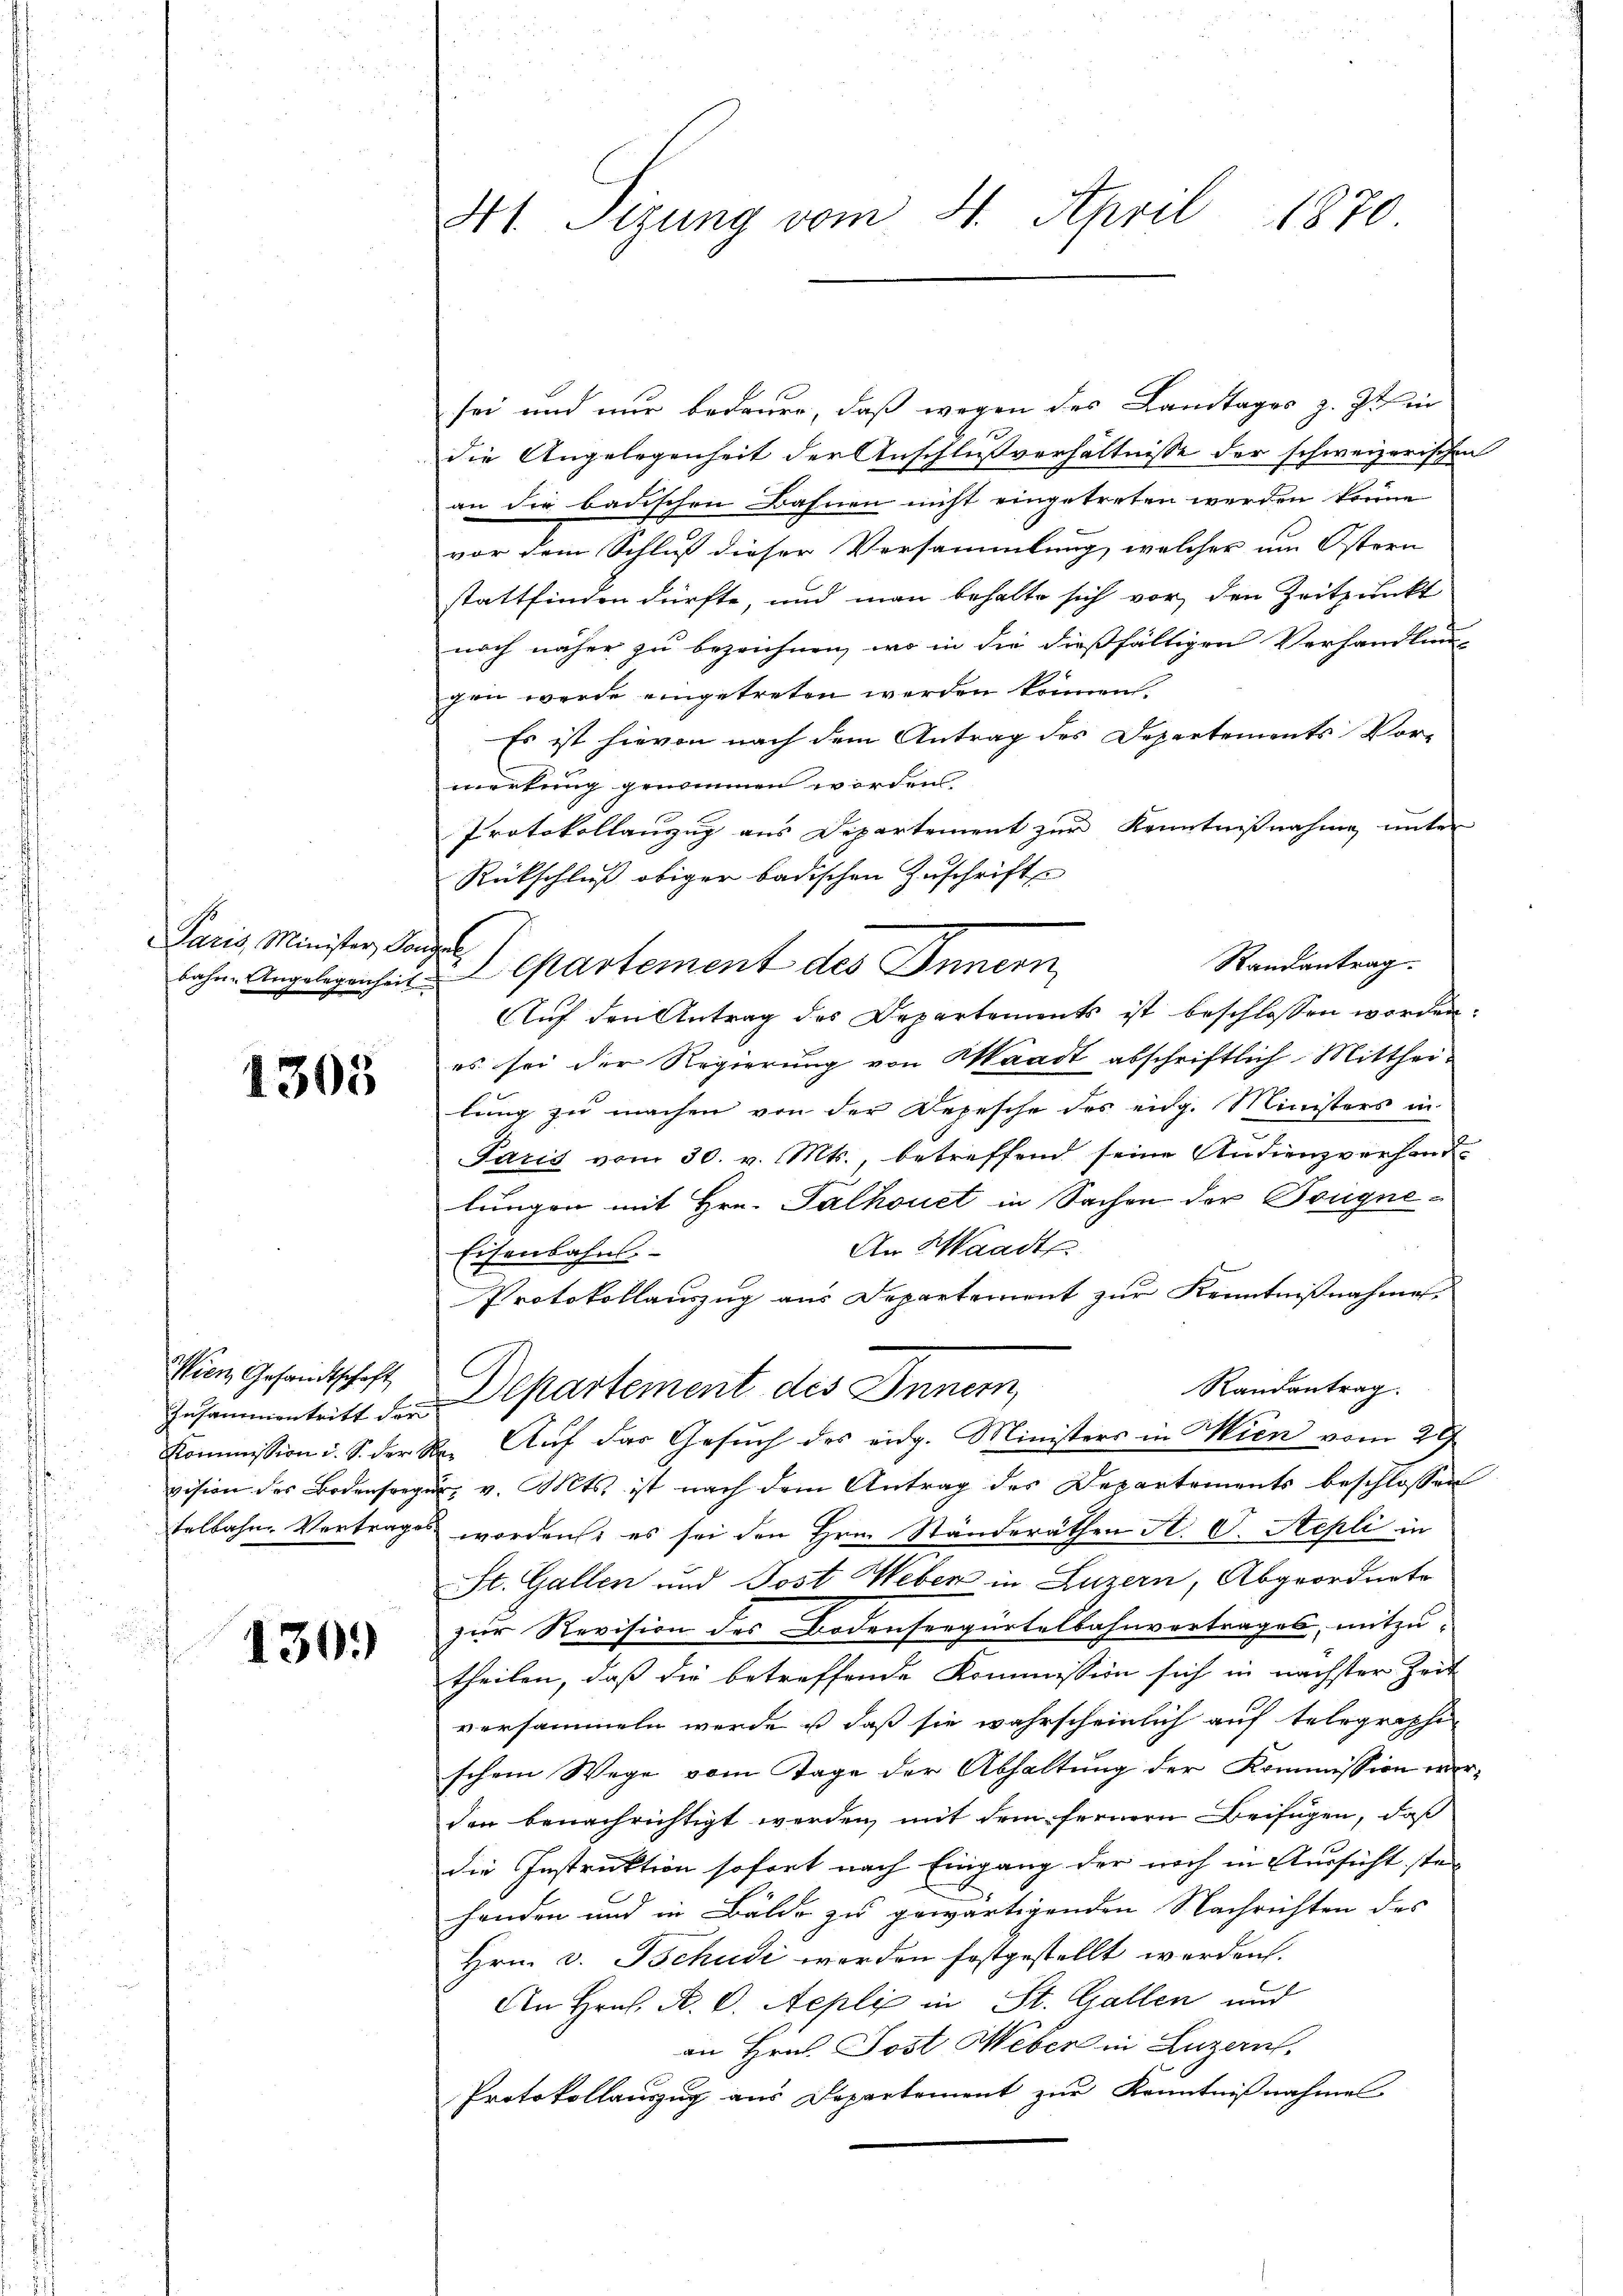
Paris Minister, Tongel

1305

Wien Gesandtschaft

130.)

441. Sigung vom 4. April 1870.

sei und nur bedaure, daß wegen des Landtages z. Z. in
die Angelegenheit der Anschlußverhältnisse der schweizerischen
an die badischen Bahnen nicht eingetreten werden könne
vor dem Schluß dieser Versammlung, welcher um Ostern
stattfinden dürfte, und man behalte sich vor, den Zeitpunkt
noch näher zu bezeichnen, wo in die dießfälligen Verhandlung
gen werde eingetreten werden können.
Es ist hievon nach dem Antrag des Departements Vor-
merkung genommen worden
Protokollanzug aus Departement zur Kenntnißnahme unter
Rückschluß obiger badischen Zuschrifte
Randantrag.
bohne Angelegenheit partement des Innern
Auf den Antrag des Departements ist beschlossen worden:
es sei der Regierung von Waadt abschriftlich Mittheilung zu machen von der Depesche des eidg. Ministers in
Paris vom 30. v. Mts., betreffend seine Audienzverhandlungen mit Hrn. Palhouet in Sachen der Bougne¬
An Waadt
Eisenbahns
Protokollauszug aus Departement zur Kenntnißnahme
C
Randantrag.
Zusammentritt der Departement des Innern,
Kommission i. S. der Re- Auf das Gesŭch des eidg. Ministers in Wien vom 29
vision der Bodensreger v. Mts. ist nach dem Antrag des Departements beschlossen
telbahne Vertrages worden es sei den Hrn. Ständeräthen St. G. Sepli in
St. Gallen und Post Weber in Luzern, Abgeordnete
zur Revision des Bodensergürtelbahnvertrages, mitzu-
theilen, daß die betreffende Kommission sich in nächster Zeit
versammeln werde, u daß sie wahrscheinlich auf telegraphi
schem Wege vom Tage der Abhaltung der Kommission werden benachrichtigt werden, mit dem fernern Beifügen, daß
die Instruktion sofort nach Eingang der noch in Aussicht ste-
handen und in Bälde zu gewärtigenden Nachrichten des
Hrn. v. Tschudi worden festgestellt werden.
An Hrn. A. C. Aepli in St. Gallen und
an Hrn. Post Weber in Luzern,
Protokollauszug aus Departement zur Kenntnißnahme